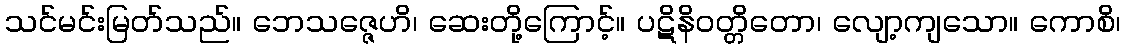
သင်မင်းမြတ်သည်။ ဘေသဇ္ဇေဟိ၊ ဆေးတို့ကြောင့်။ ပဋိနိဝတ္တိတော၊ လျော့ကျသော။ ကောစိ၊